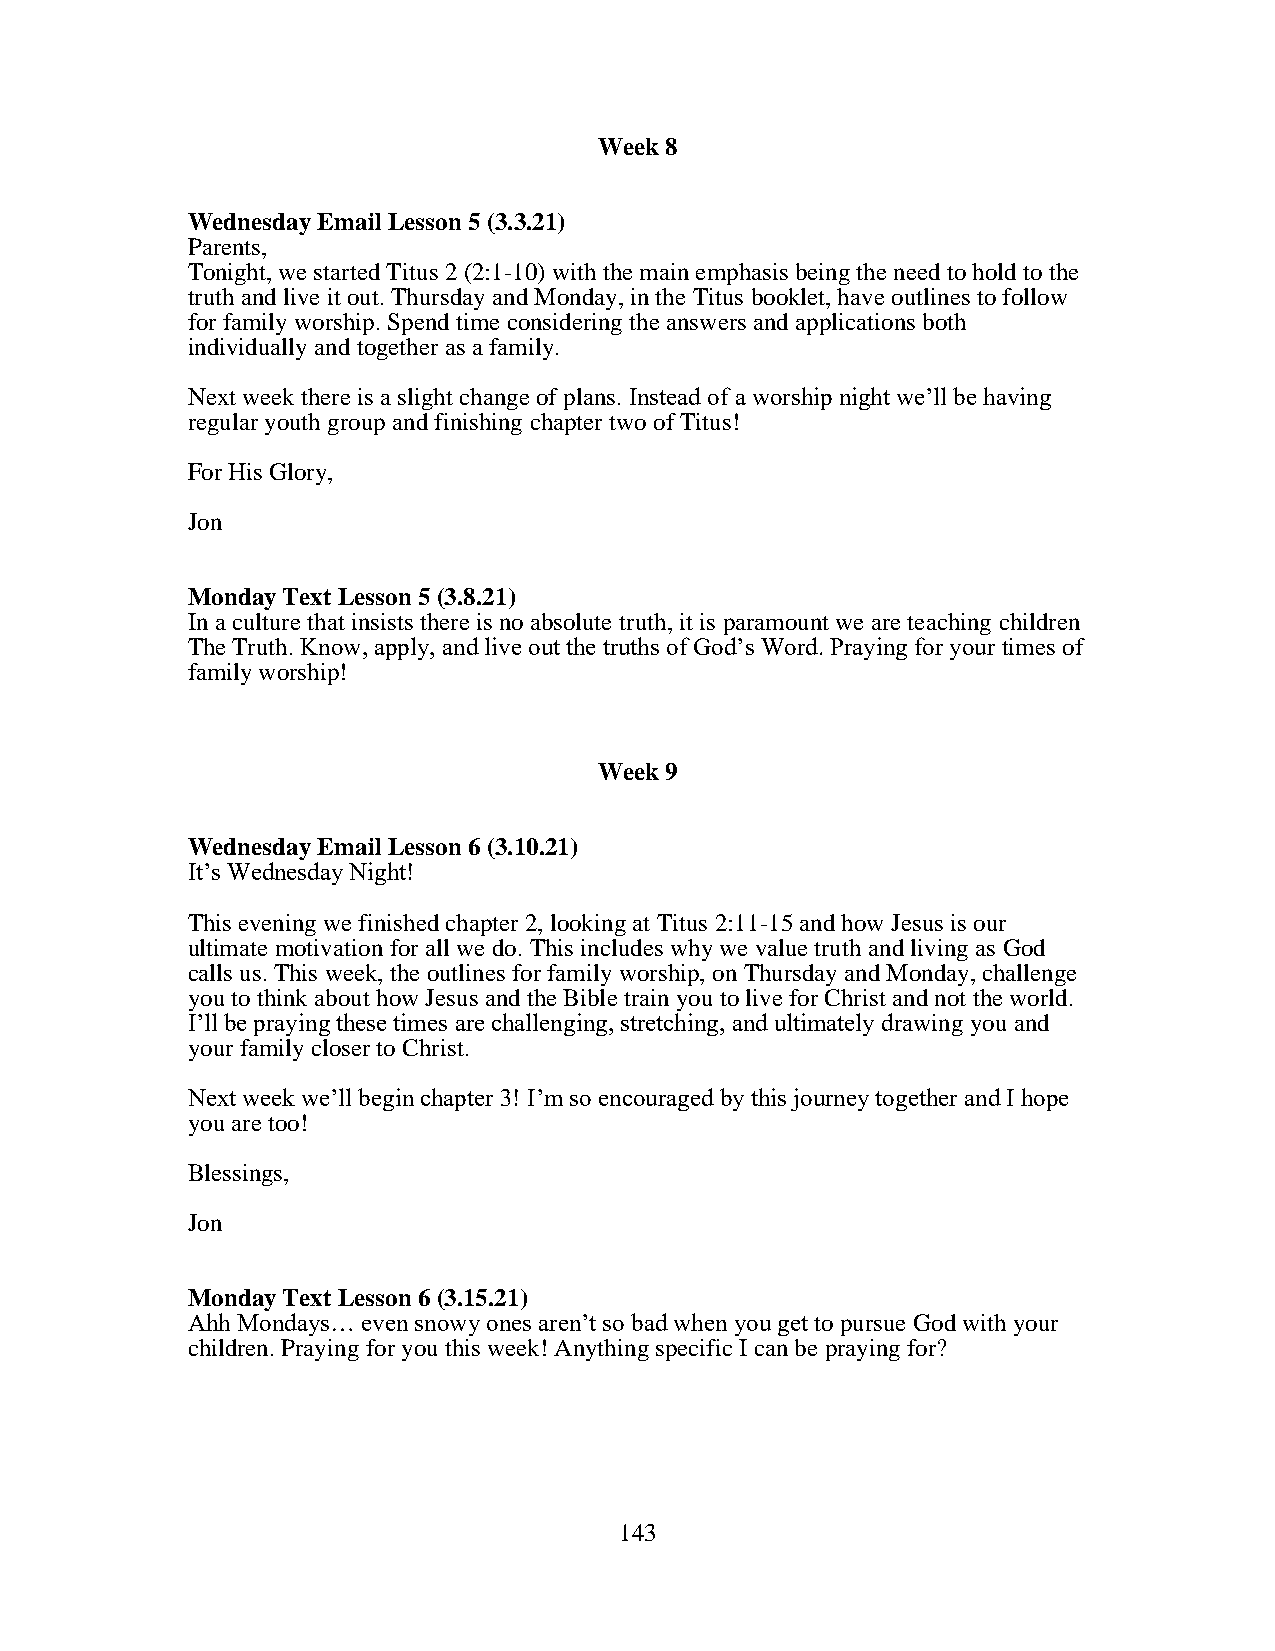
Week 8
 Wednesday Email Lesson 5 (3.3.21)
 Parents,
 Tonight, we started Titus 2 (2:1-10) with the main emphasis being the need to hold to the
 truth and live it out. Thursday and Monday, in the Titus booklet, have outlines to follow
 for family worship. Spend time considering the answers and applications both
 individually and together as a family.
 Next week there is a slight change of plans. Instead of a worship night we’ll be having
 regular youth group and finishing chapter two of Titus!
 For His Glory,
 Jon
 Monday Text Lesson 5 (3.8.21)
 In a culture that insists there is no absolute truth, it is paramount we are teaching children
 The Truth. Know, apply, and live out the truths of God’s Word. Praying for your times of
 family worship!
 Week 9
 Wednesday Email Lesson 6 (3.10.21)
 It’s Wednesday Night!
 This evening we finished chapter 2, looking at Titus 2:11-15 and how Jesus is our
 ultimate motivation for all we do. This includes why we value truth and living as God
 calls us. This week, the outlines for family worship, on Thursday and Monday, challenge
 you to think about how Jesus and the Bible train you to live for Christ and not the world.
 I’ll be praying these times are challenging, stretching, and ultimately drawing you and
 your family closer to Christ.
 Next week we’ll begin chapter 3! I’m so encouraged by this journey together and I hope
 you are too!
 Blessings,
 Jon
 Monday Text Lesson 6 (3.15.21)
 Ahh Mondays… even snowy ones aren’t so bad when you get to pursue God with your
 children. Praying for you this week! Anything specific I can be praying for?
 143